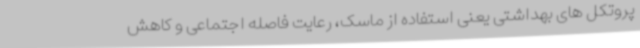
پروتکل های بهداشتی یعنی استفاده از ماسک، رعایت فاصله اجتماعی و کاهش